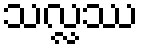
သလ္လဿ